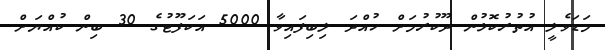
މަޑަވެލީ އުތުރުކޮޅުން ދޫކުރުމަށް ހުއްދަ ލިބިފައިވާ 5000 އަކަފޫޓުގެ 30 ބިން ކުއްޔަށް